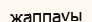
жаппауы